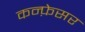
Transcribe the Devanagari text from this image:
कन्फ़ेसर